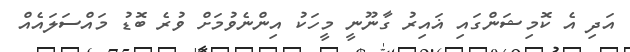
އަދި އެ ކޮމިޝަންގައި ޣައިރު ގާނޫނީ މީހަކު އިންނެވުމަށް ވުރެ ބޮޑު މައްސަލައެއް